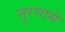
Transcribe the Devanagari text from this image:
नूरनामे